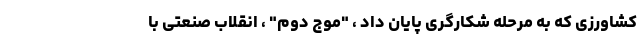
کشاورزی که به مرحله شکارگری پایان داد ، "موج دوم" ، انقلاب صنعتی با